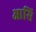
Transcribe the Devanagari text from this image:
आसि